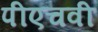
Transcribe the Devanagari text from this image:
पीएचवी